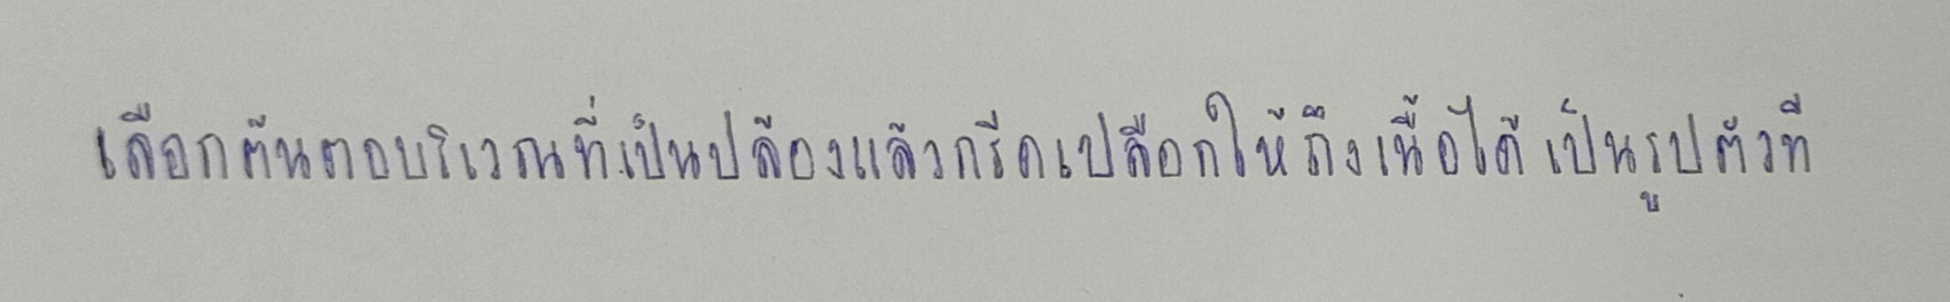
เลือกต้นตอบริเวณที่เป็นปล้องแล้วกรีดเปลือกให้ถึงเนื้อไม้เป็นรูปตัวที